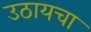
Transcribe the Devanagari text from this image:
उठायचा